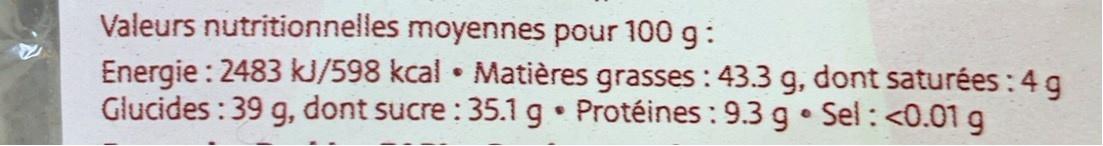
Valeurs nutritionnelles moyennes pour 100 g: Energie : 2483 kJ/598 kcal • Matières grasses : 43.3 g, dont saturées : 4 g Glucides : 39 g, dont sucre : 35.1 g Protéines: 9.3 g• Sel : <0.01 g